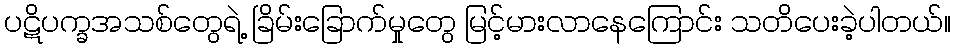
ပဋိပက္ခအသစ်တွေရဲ့ ခြိမ်းခြောက်မှုတွေ မြင့်မားလာနေကြောင်း သတိပေးခဲ့ပါတယ်။